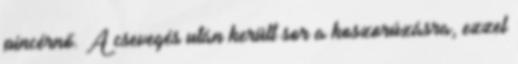
pincérnő. A csevegés után került sor a koszorúzásra, ezzel